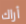
أراك